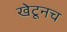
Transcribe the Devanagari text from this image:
खेटूनच